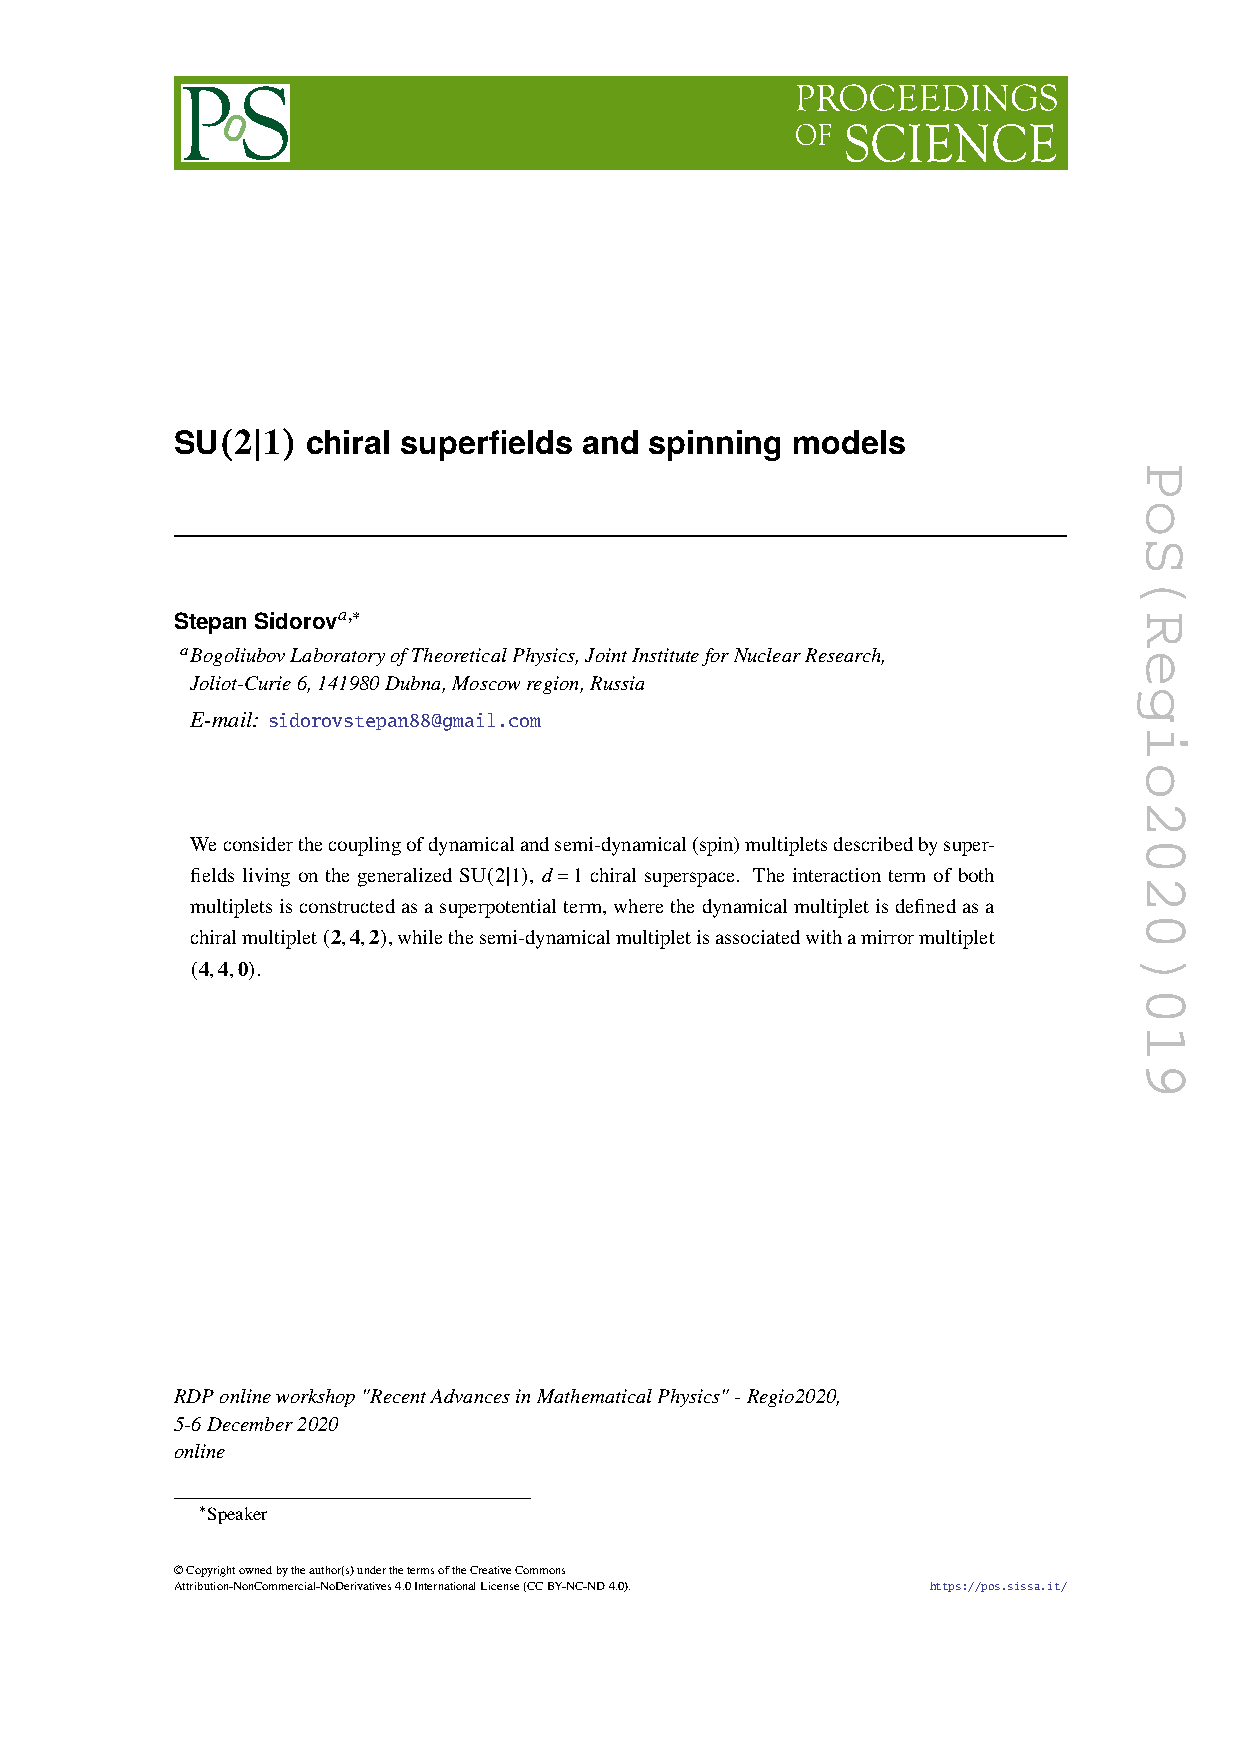
SU(2|1)  chiral superfields and spinning models
 𝑎,∗
 StepanSidorov
 𝑎BogoliubovLaboratoryofTheoreticalPhysics,JointInstituteforNuclearResearch,
 Joliot-Curie6,141980Dubna,Moscowregion,Russia
 E-mail: sidorovstepan88@gmail.com
 Weconsiderthecouplingofdynamicalandsemi-dynamical(spin)multipletsdescribedbysuper-
 fields living on the generalized SU(2|1), 𝑑=1 chiral superspace. The interaction term of both
 multipletsisconstructedasasuperpotentialterm,wherethedynamicalmultipletisdefinedasa
 chiralmultiplet(2,4,2),whilethesemi-dynamicalmultipletisassociatedwithamirrormultiplet
 (4,4,0).
 RDPonlineworkshop"RecentAdvancesinMathematicalPhysics"-Regio2020,
 5-6December2020
 online
 ∗Speaker
 ©Copyrightownedbytheauthor(s)underthetermsoftheCreativeCommons
 Attribution-NonCommercial-NoDerivatives4.0InternationalLicense(CCBY-NC-ND4.0). https://pos.sissa.it/
 PoS(Regio2020)019